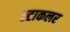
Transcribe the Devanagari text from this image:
स्टाकलर